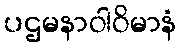
ပဌမနာဝါဝိမာနံ